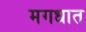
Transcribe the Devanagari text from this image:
मगधात